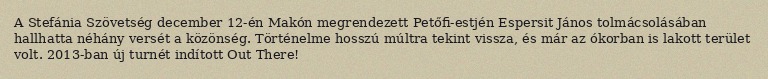
A Stefánia Szövetség december 12-én Makón megrendezett Petőfi-estjén Espersit János tolmácsolásában hallhatta néhány versét a közönség. Történelme hosszú múltra tekint vissza, és már az ókorban is lakott terület volt. 2013-ban új turnét indított Out There!